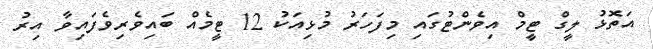
އަތޮޅު ލީގް ޓީމް އިވެންޓުގައި މިފަހަރު މުޅިއަކު 12 ޓީމެއް ބައިވެރިވެފައިވާ އިރު